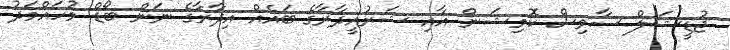
ޖުޑީޝަލް ސާވިސް ކޮމިޝަން އާއި ޝަރުއީދާރާގެ ބައެއް އިދާރާގެ ނަން ބޯޑް މުހައްމަދު